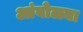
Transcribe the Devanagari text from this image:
आंबोळ्या